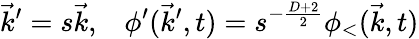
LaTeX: \vec{k}^{\prime}=s\vec{k},\; \; \; \phi^{\prime}(\vec{k}^{\prime},t)=s^{-\frac{D+2}{2}}\phi_{<}(\vec{k},t)